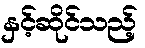
နှင့်ဆိုင်သည့်